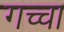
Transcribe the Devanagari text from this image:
गच्चा